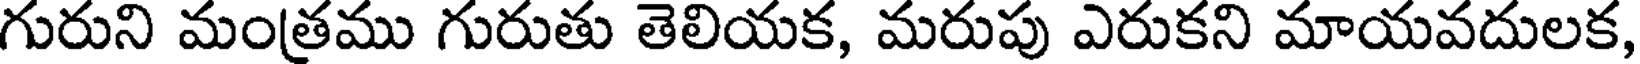
గురుని మంత్రము గురుతు తెలియక, మరుపు ఎరుకని మాయవదులక,